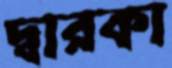
দ্বারকা